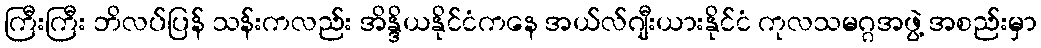
ကြီးကြီး ဘိလပ်ပြန် သန်းကလည်း အိန္ဒိယနိုင်ငံကနေ အယ်လ်ဂျီးယားနိုင်ငံ ကုလသမဂ္ဂအဖွဲ့ အစည်းမှာ